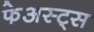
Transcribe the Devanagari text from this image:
फेअस्ट्स